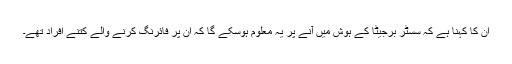
ان کا کہنا ہے کہ سسٹر برجیٹا کے ہوش میں آنے پر یہ معلوم ہوسکے گا کہ ان پر فائرنگ کرنے والے کتنے افراد تھے۔